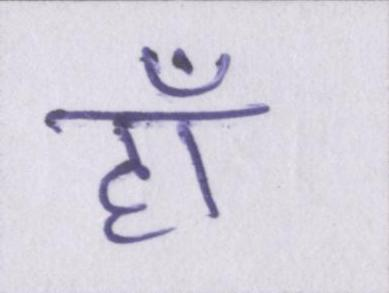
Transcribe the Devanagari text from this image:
हाँ